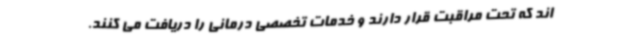
اند که تحت مراقبت قرار دارند و خدمات تخصصی درمانی را دریافت می کنند.